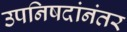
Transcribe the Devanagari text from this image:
उपनिषदांनंतर